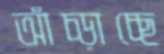
আঁচ্‌ড়াচ্ছে